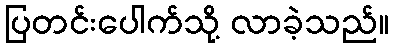
ပြတင်းပေါက်သို့ လာခဲ့သည်။